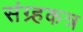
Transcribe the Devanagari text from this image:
संग्र्हकत्र